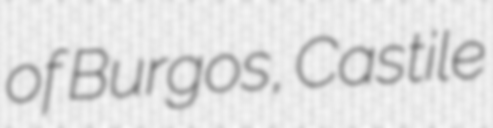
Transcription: of Burgos, Castile